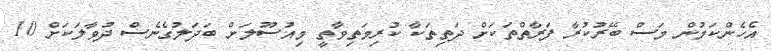
އެހެންކަމުން މަސް ބޭރުކުރާ ފަރާތްތަކަށް ދަތިތަކާ ކުރިމަތިވާތީ މިއުސޫލަށް ބަދަލުގެނެސް ދުވާލަކަށް 10